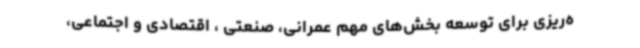
ه‌ریزی برای توسعه بخش‌های مهم عمرانی، صنعتی ، اقتصادی و اجتماعی،